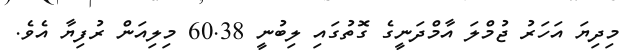
މިދިޔަ އަހަރު ޖުމްލަ އާމްދަނީގެ ގޮތުގައި ލިބުނީ 60.38 މިލިއަން ރުފިޔާ އެވެ.